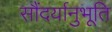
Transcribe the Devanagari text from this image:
सौंदर्यानुभूति